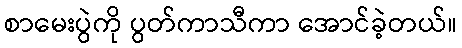
စာမေးပွဲကို ပွတ်ကာသီကာ အောင်ခဲ့တယ်။